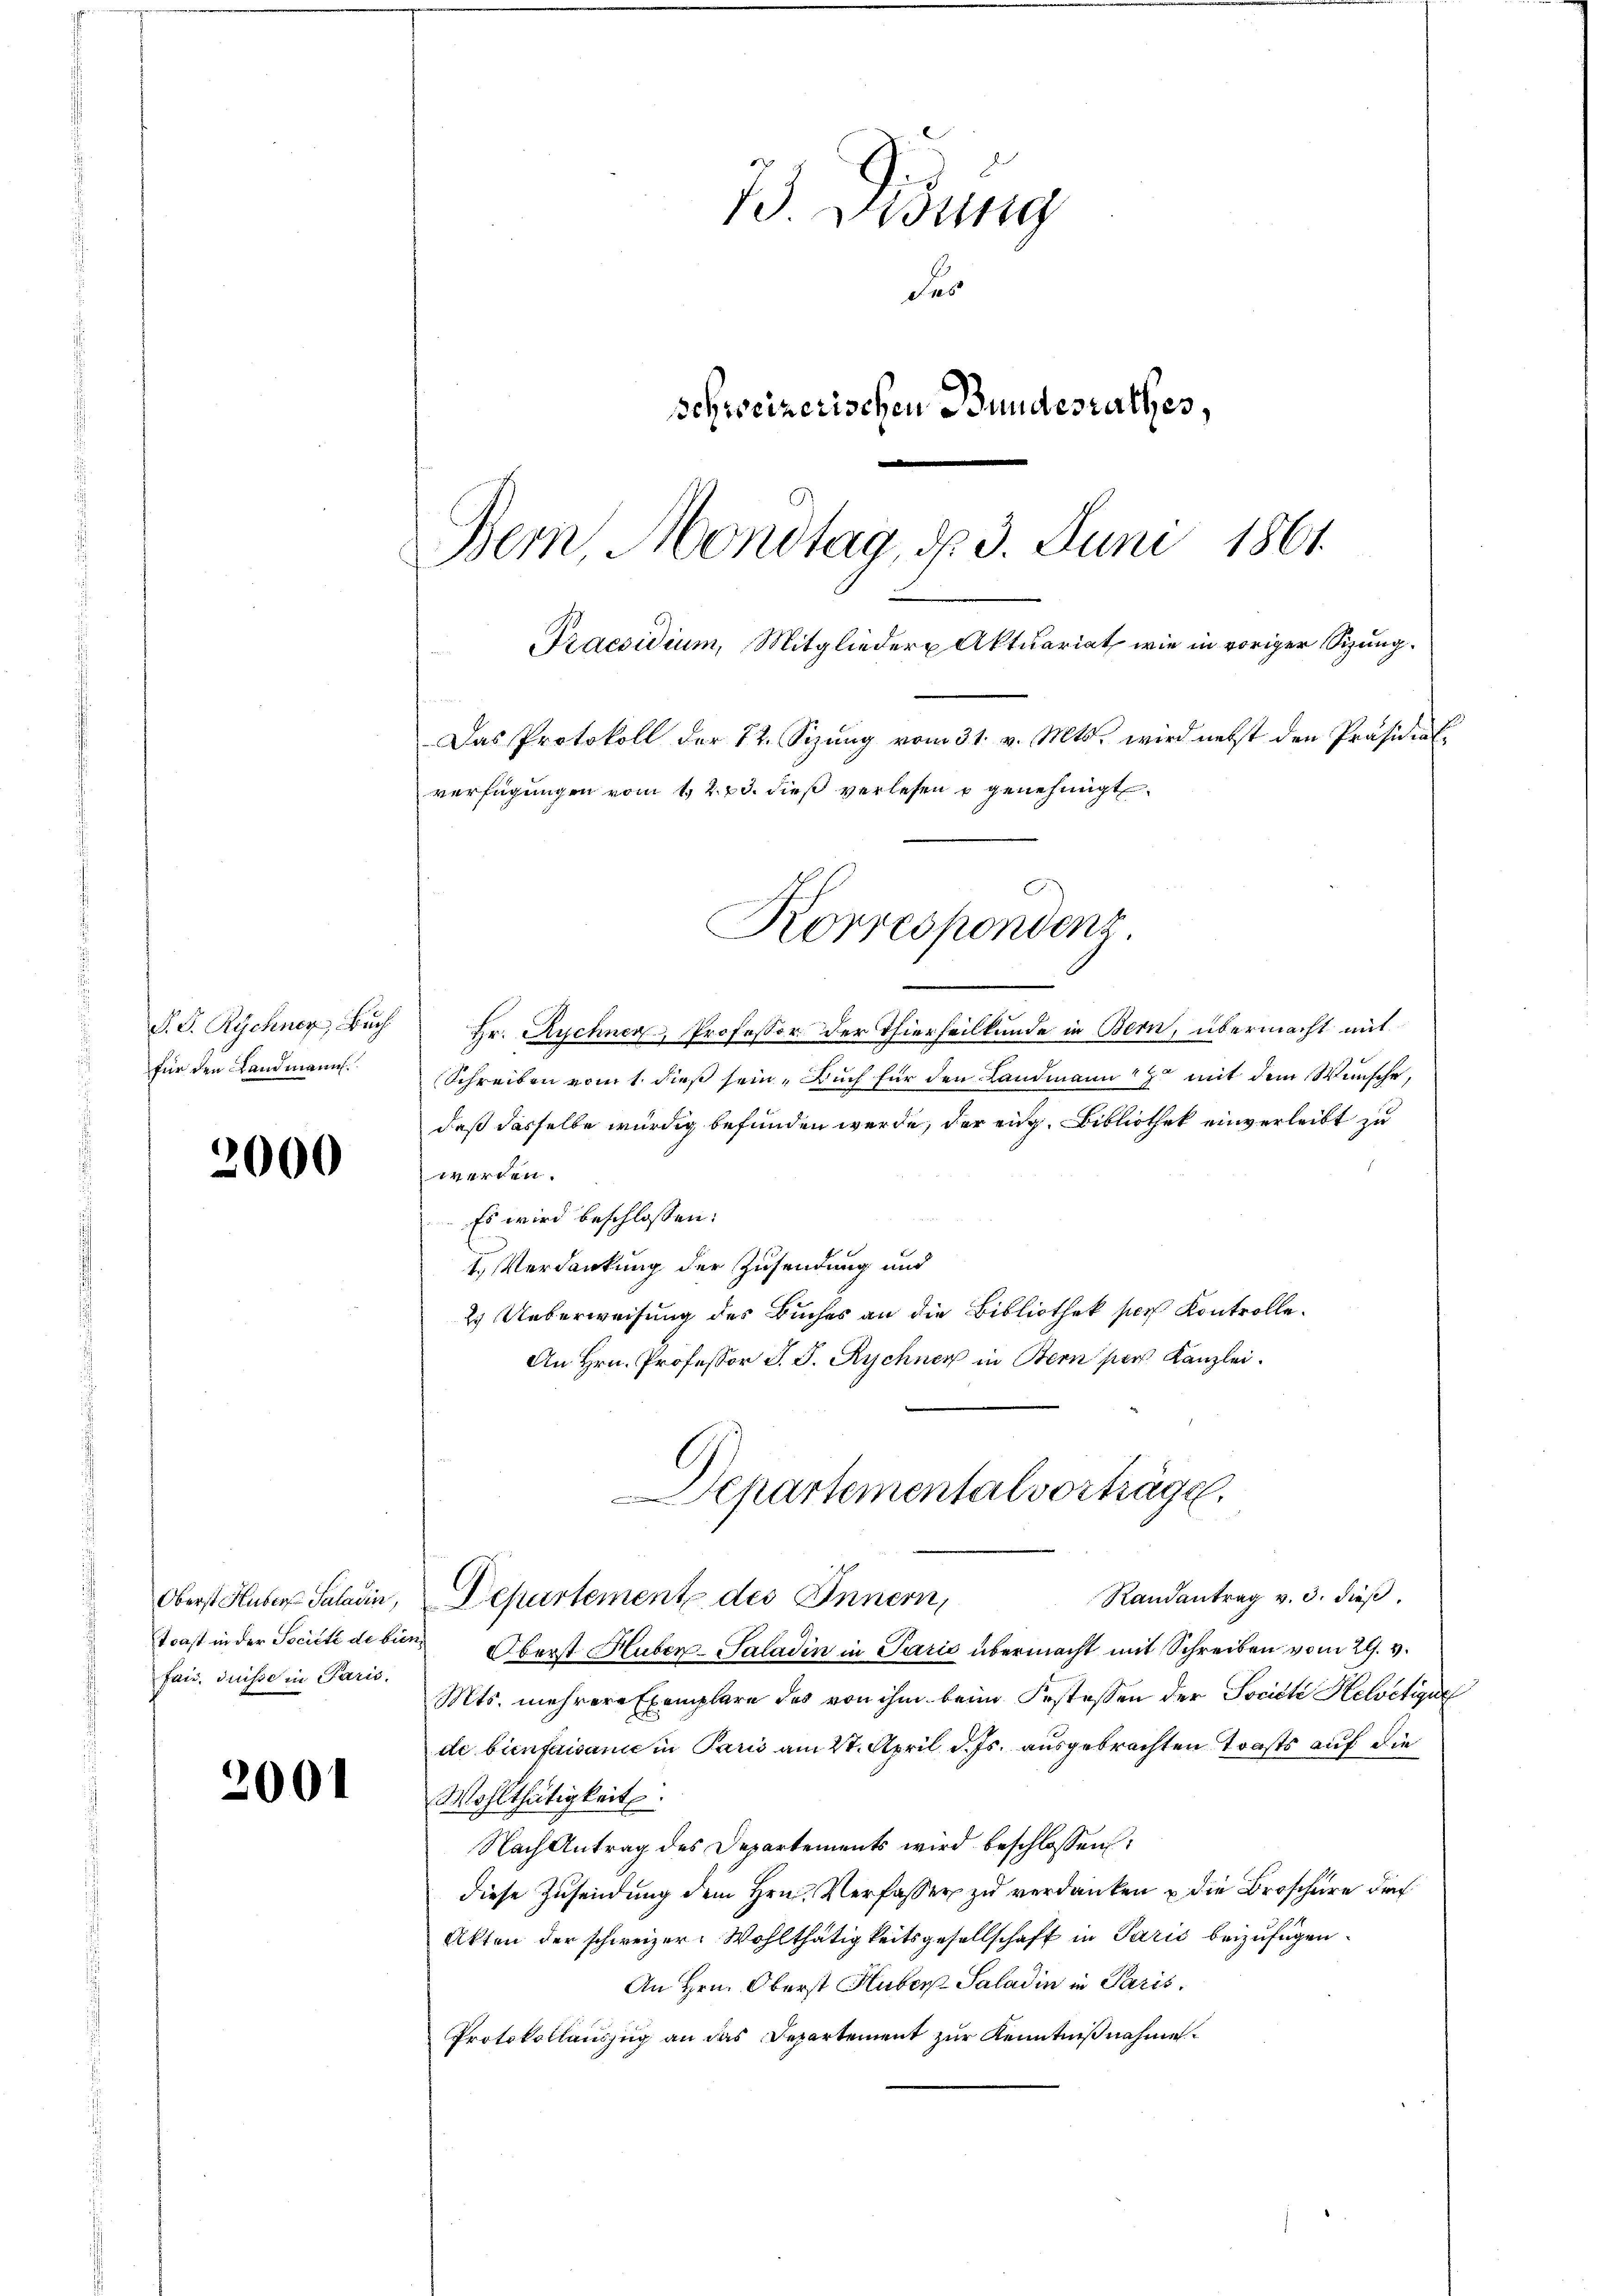
P. G. Rychner, Buch
für den Landmann.

2000

Oberst Huber, Saladin,
toast in der Société de bis
faid. Suisse in Paris.

2001

73. Didung
des
schweizerischen Bundesrathes,
Bern Mondtag, d. 3. Juni 1861
Praesidium, Mitglieder Aktuariat wie in voriger Sizung.
Das Protokoll der 22. Sizŭng vom 31. v. Mts. wird nebst den Präsidial-
verfügungen vom 1. 2. 23. dieß verlesen u genehmigt.

Hr. Ruchner, Professor der Thierheilkunde in Bern, übermacht mit
Schreiben vomt dieß sein, Buch für den Landmann mit dem Wunsche,
daß dasselbe würdig befunden werde, der eige Bibliothek einverleibt zu
werden.
 Es wird beschlossen:
1. Verdankung der Zusendung und
2. Ueberweisung des Buches an die Bibliothek per Kontrolle.
An Hrn. Professor J. J. Rychner in Bern per Kanzlei.
Separtemental vorträge.

Randantrag v. 3. dieβ.
Departement des Innern,
 Oberst Huber-Saladin in Paris übermacht mit Schreiben vom 29. v.
Mts. mehrere Exemplare des von ihm beim Erstessen der Société Helvetique
de bienfaisanie in Paris am 27. April d. Js. ausgebrachten Torsts auf die
Wohlthätigkeit:
Nach Antrag des Departements wird beschlossen:
diese Zusendung dem Hrn. Verfasser zu verdanken u die Broschüre doch
Akten der schweizer. Wohlthätigkeitsgesellschaft in Parić beizufügen¬
An Hrn. Oberst Huber Saladin in Paris.
Protokollauszug an das Departement zur Kenntnißnahme

Korrespondenz.